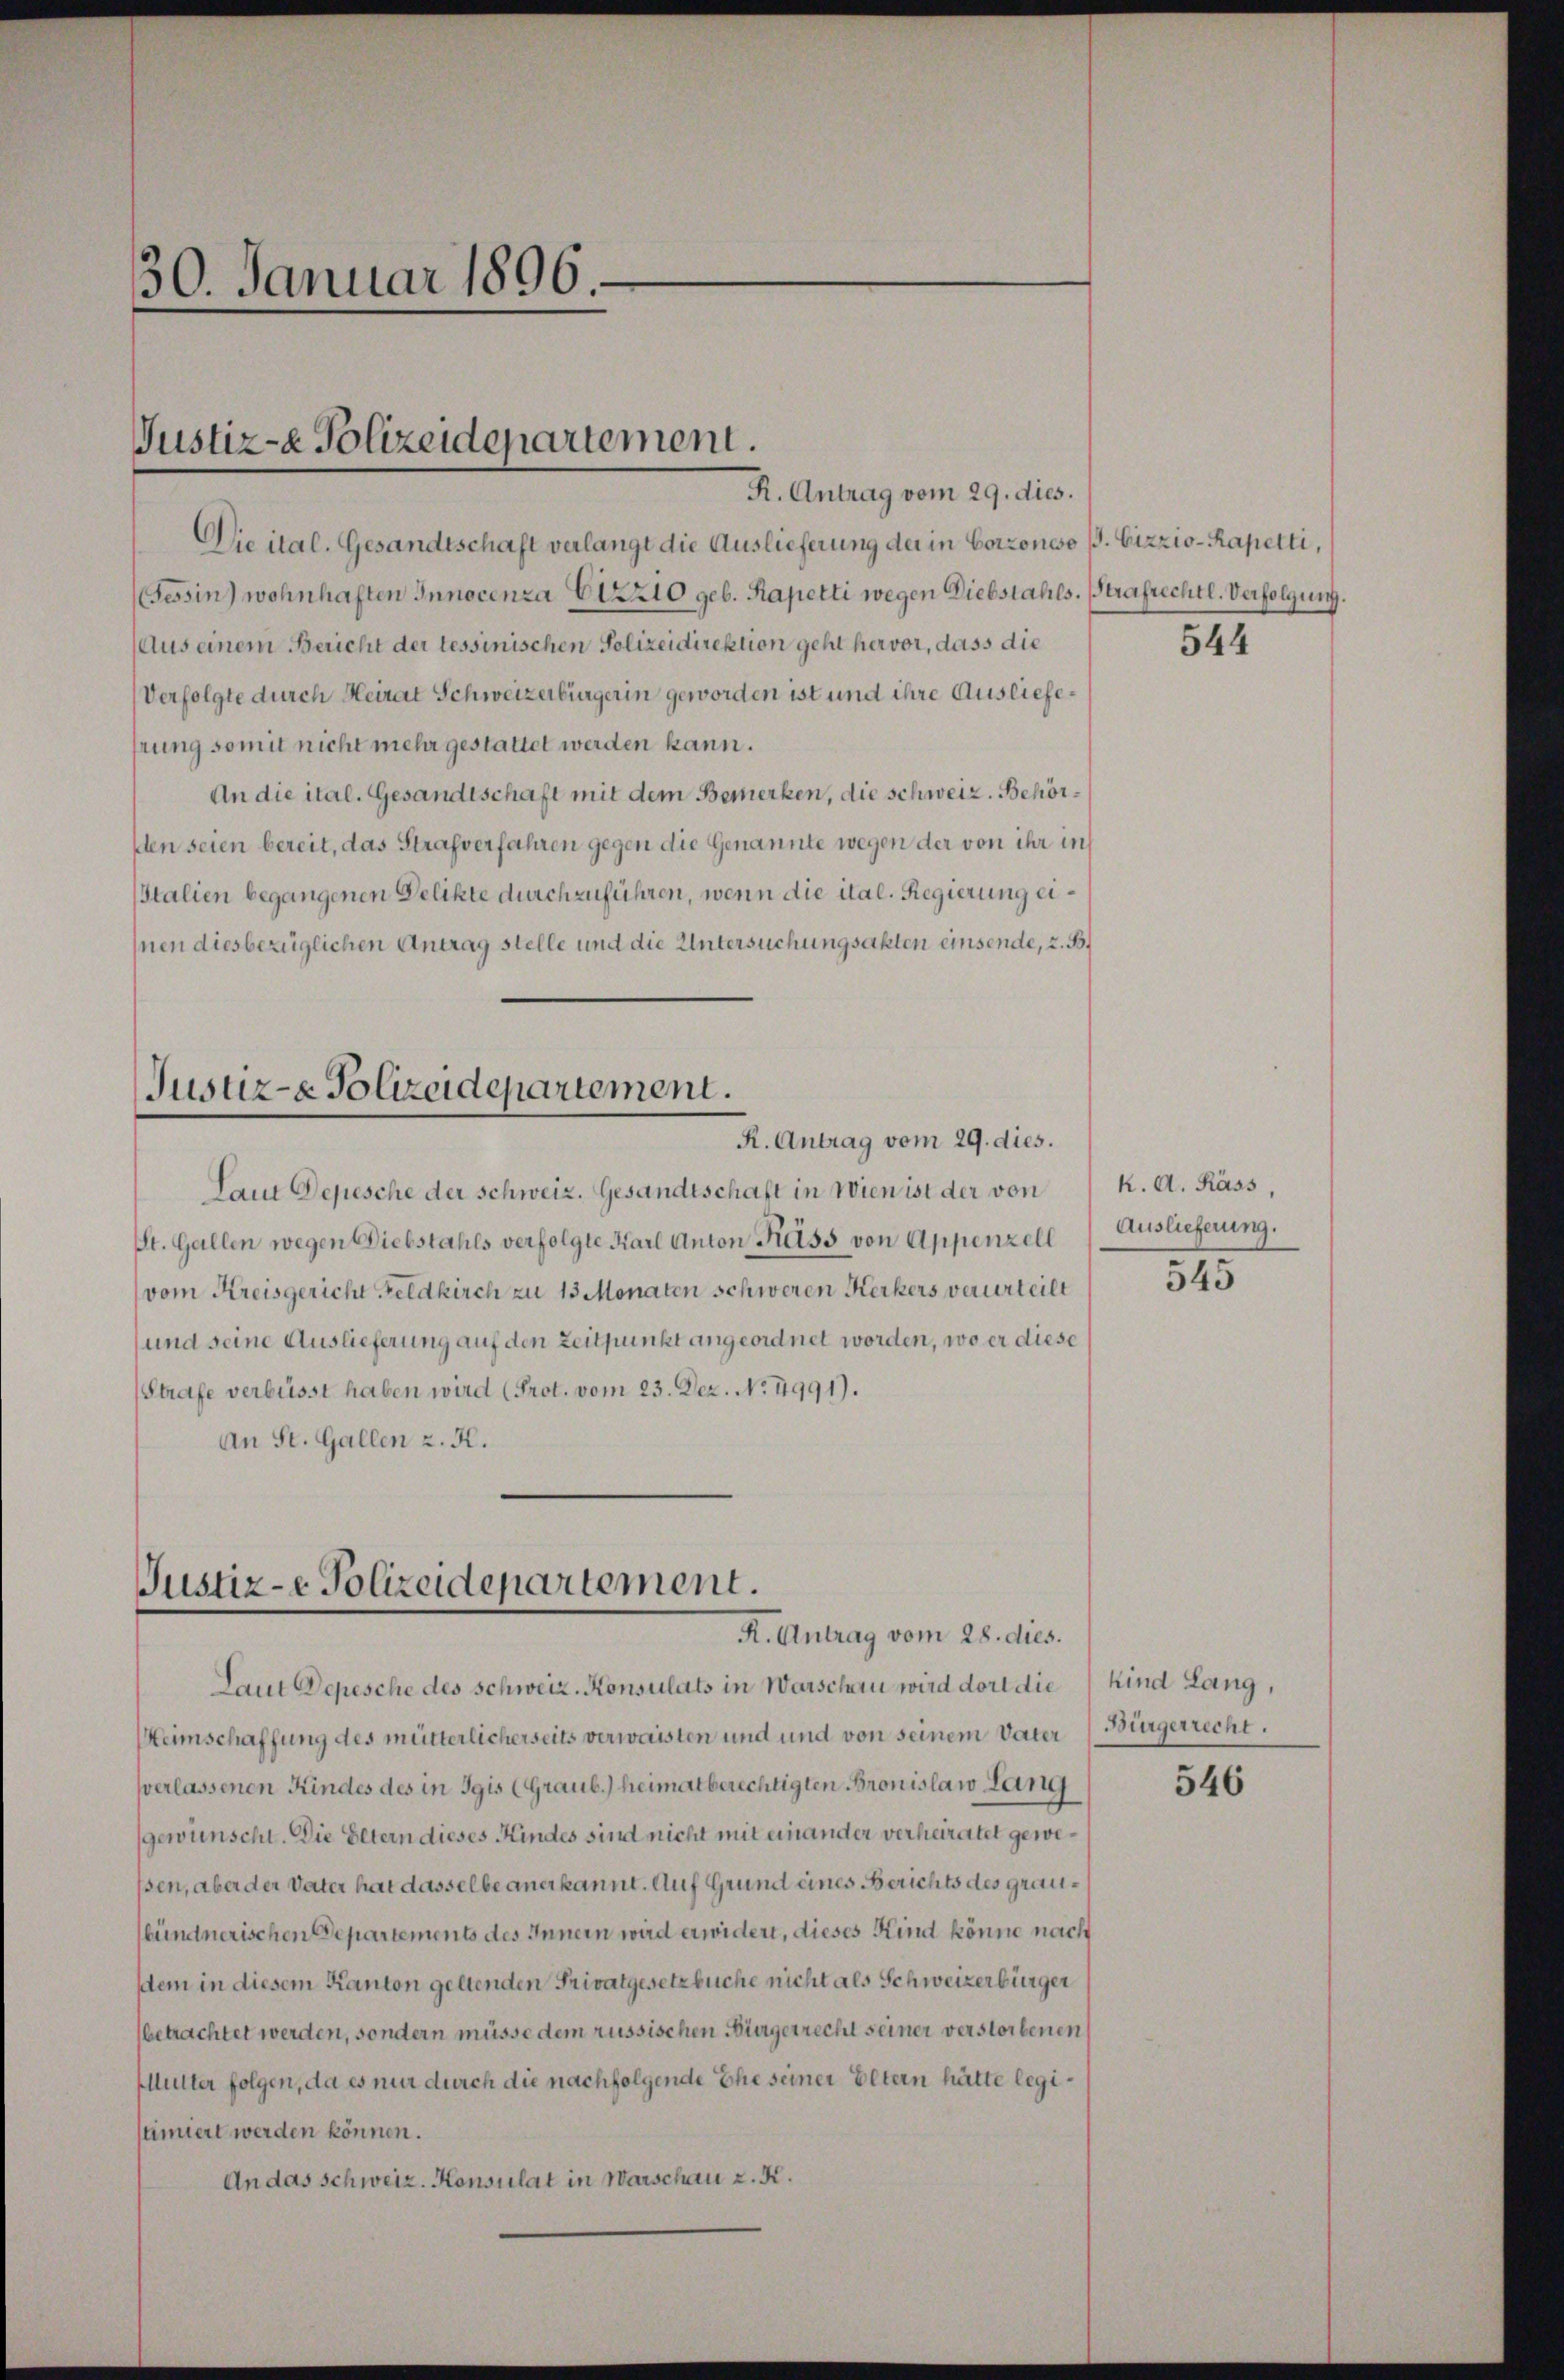
30. Januar 1896.

Justiz- Polizeidepartement.
R. Antrag vom 29. dies.

Die ital. Gesandtschaft verlangt die Auslieferung der in Corzoneo p. Gizzio-Rapetti,
Tessin) wohnhaften Innocenza C12210 geb. Kapetti wegen Diebstahls. Strafrechtl. Verfolgung.
Aus einem Bericht der tessinischen Polizeidirektion geht hervor, dass die
Verfolgte durch Heirat Schweizerbürgerin geworden ist und ihre Ausliefehrung somit nicht mehr gestattet werden kann.
An die ital. Gesandtschaft mit dem Bemerken, die schweiz. Behörflen seien bereit, das Strafverfahren gegen die Genannte wegen der von ihr in
Italien begangenen Delikte durchzuführen, wenn die ital. Regierung ei¬
Inen diesbezüglichen Antrag stelle und die Untersuchungsakten einsende, z. B.

Justiz- & Polizeidepartement.
R. Antrag vom 29. dies.

Laut Depesche der Schweiz. Gesandtschaft in Wien ist der von
St. Gallen wegen Diebstahls verfolgte Karl Anton Kass von Appenzell
vom Kreisgericht Feldkirch zu 13 Monaten schweren Kerkers verurteilt
und seine Auslieferung auf den Zeitpunkt angeordnet worden, wo er diese
(Strafe verbüsst haben wird (Prot. vom 23. Dez. No. 4991).
An St. Gallen z. K.

Justiz-e Polizeidepartement.
R. Antrag vom 28. dies.

Laut Depesche des Schweiz. Konsulats in Warschau wird dort die Kind Lang,

Heimschaffung des mütterlicherseits verwaisten und und von seinem Vater (Bürgerrecht.
verlassenen Kindes des in Igis (Graub.) heimatberechtigten Bronislawo Lang
gewünscht. Die Eltern dieses Kindes sind nicht mit einander verheiratet gewessen, aber der Vater hat dasselbe anerkannt. Auf Grund eines Berichts des graubündnerischen Departements des Innern wird erwidert, dieses Kind könne nach
stem in diesem Kanton geltenden Privatgesetzbuche nicht als Schweizerbürger
betrachtet werden, sondern müsse dem russischen Bürgerrecht seiner verstorbenen
Mutter folgen, da es nur durch die nachfolgende Ehe seiner Eltern hätte legistimiert werden können.
An das Schweiz. Konsulat in Warschau z. K.

544

K. A. Käss,
Auslieferung.
545

546